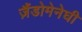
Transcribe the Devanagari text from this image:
ज़ैंडोमेनेघी